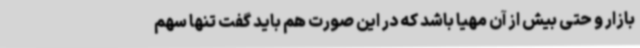
بازار و حتی بیش از آن مهیا باشد که در این صورت هم باید گفت تنها سهم